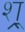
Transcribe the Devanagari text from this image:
श्र्